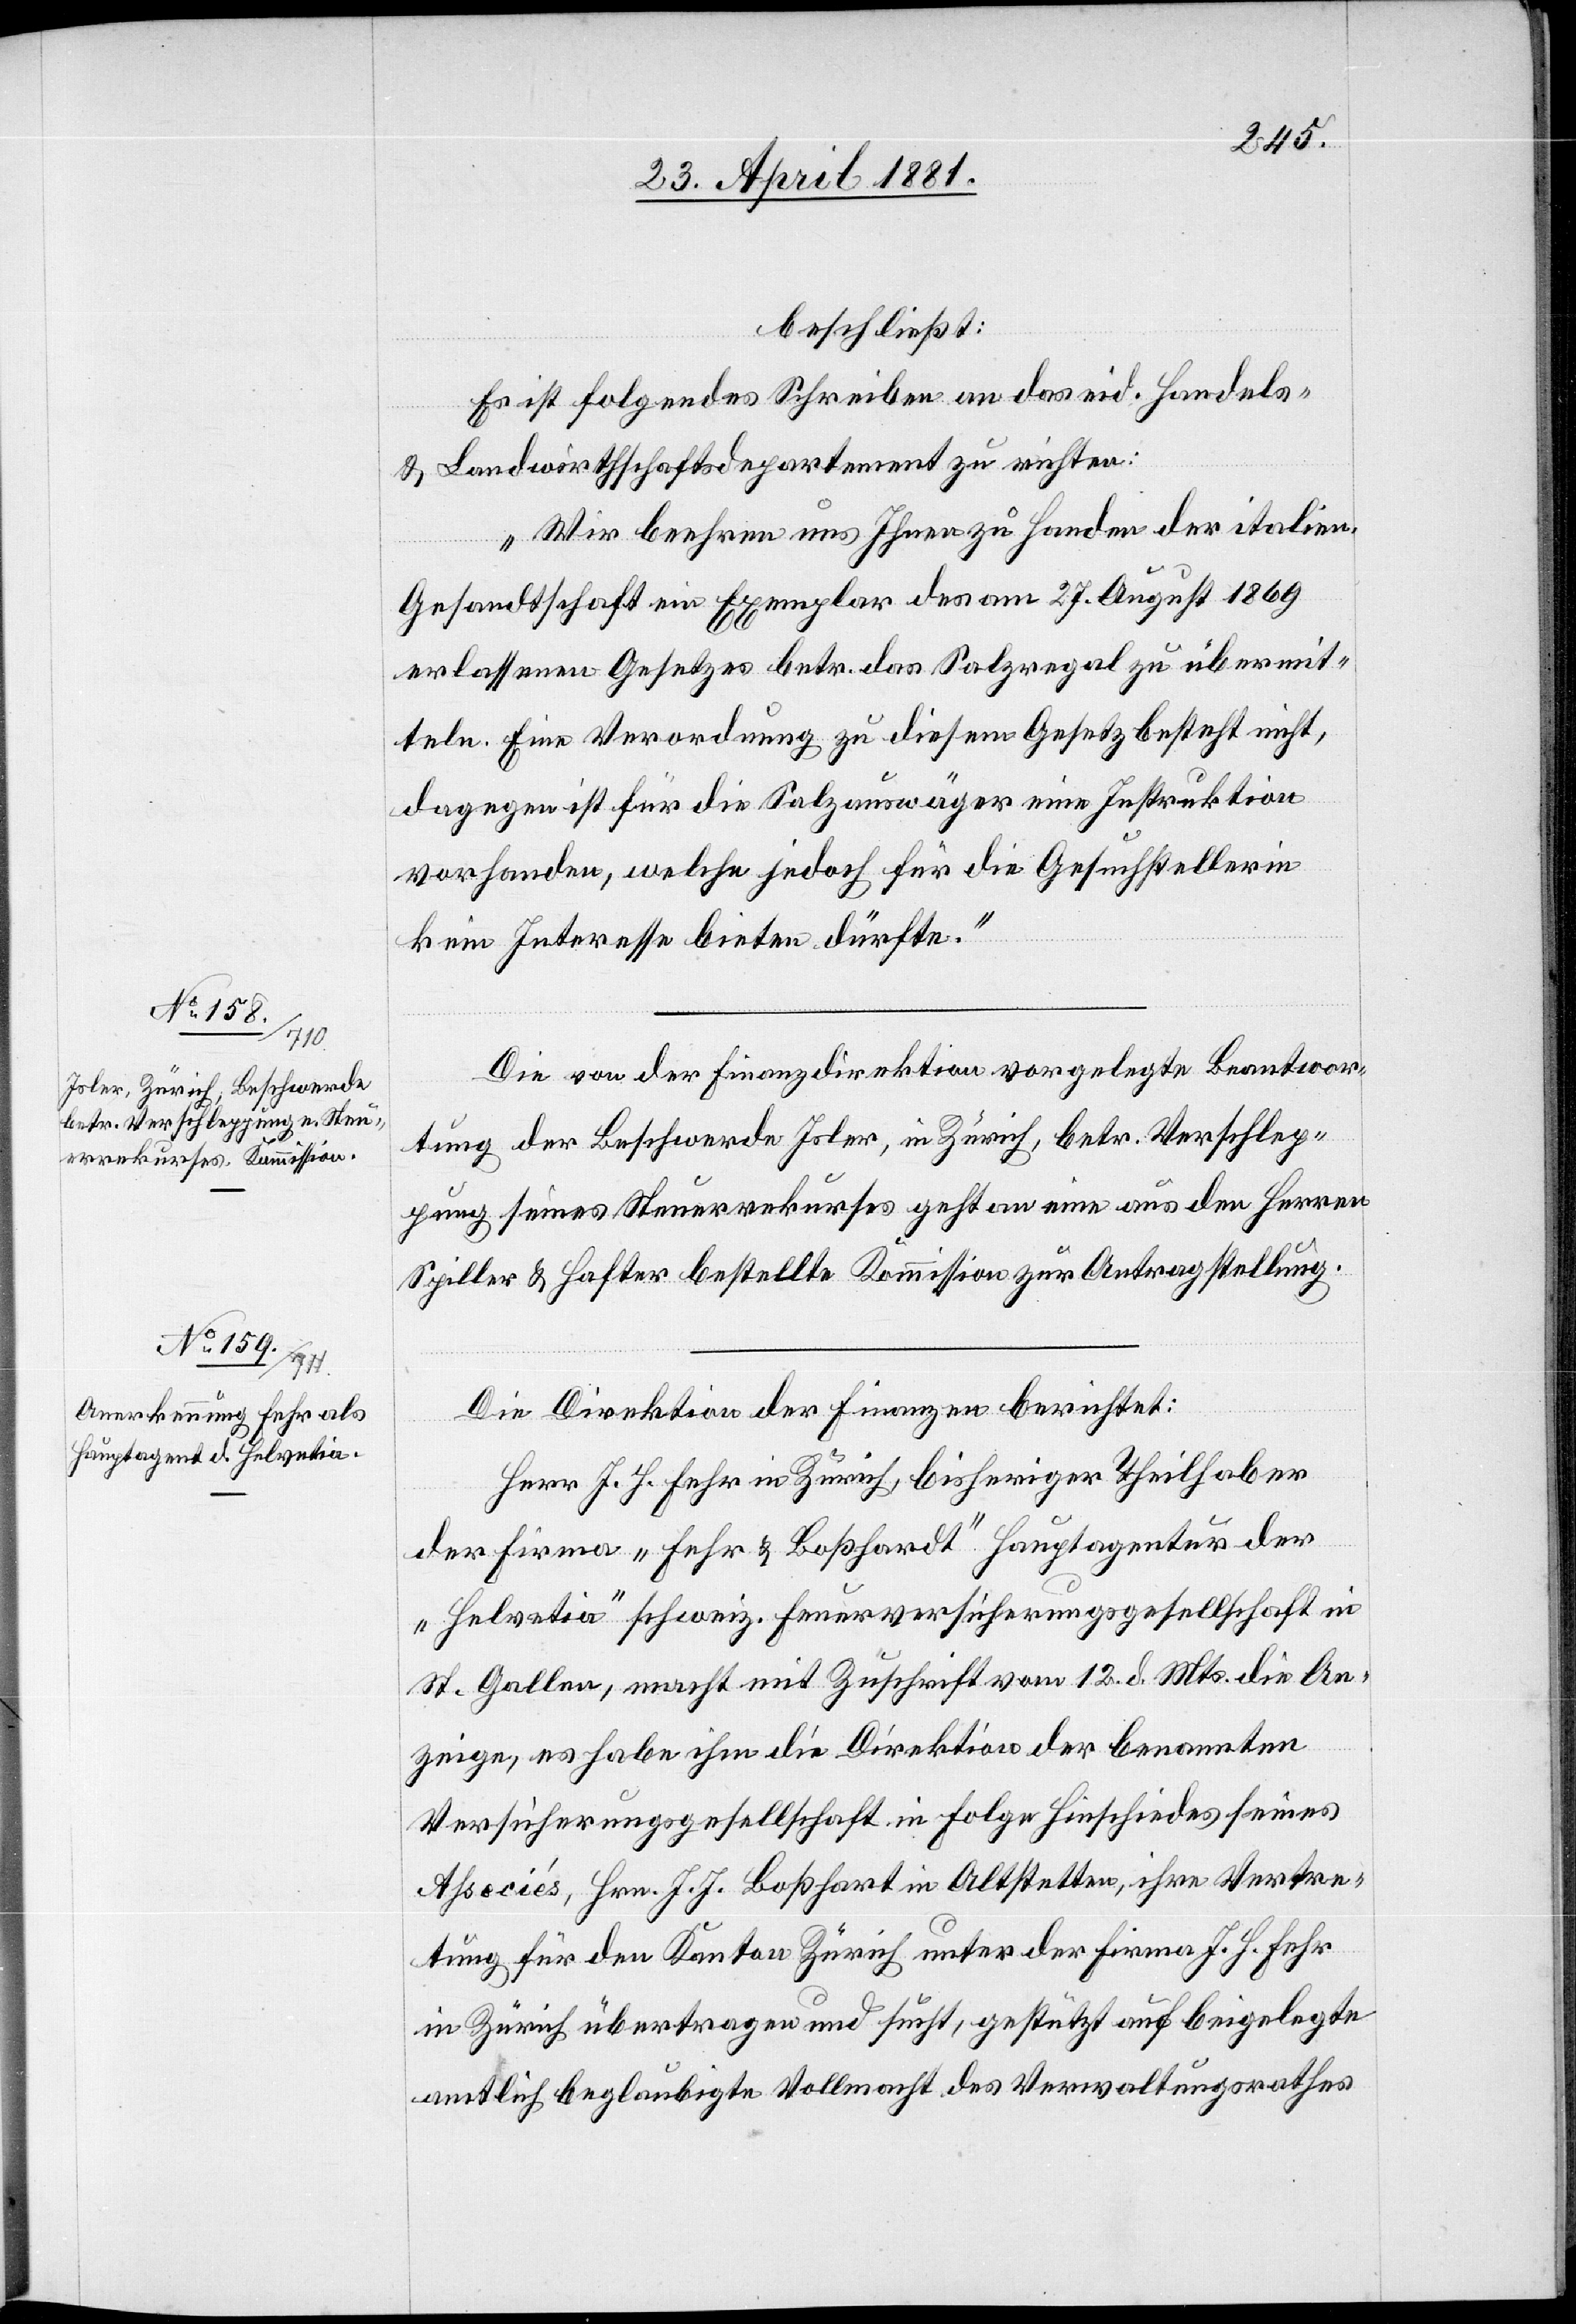
beschießt:
Es ist folgendes Schreiben an das eid. Handels-
& Landwirthschaftsdepartement zu richten:
„Wir beehren uns Ihnen zu Handen der italien.
Gesandtschaft ein Exemplar des am 27. August 1869
erlassenen Gesetzes betr. das Salzregal zu übermit¬
teln. Eine Verordnung zu diesem Gesetz besteht nicht,
dagegen ist für die Salzauswäger eine Instruktion
vorhanden, welche jedoch für die Gesuchstellerin
kein Interesse bieten dürfte.“
Die von der Finanzdirektion vorgelegte Beantwor¬
tung der Beschwerde Isler, in Zürich, betr. Verschlep¬
pung seines Steuerrekurses geht an eine aus den Herren
Spiller & Hafter bestellte Kommission zur Antragstellung.
Die Direktion der Finanzen berichtet:
Herr J. H. Fehr in Zürich, bisheriger Theilhaber
der Firma „Fehr & Boßhardt“ Hauptagentur der
„Helvetia“ schweiz. Feuerversicherungsgesellschaft in
St. Gallen, macht mit Zuschrift vom 12. d. Mts. die An¬
zeige, es habe ihm die Direktion der benannten
Versicherungsgesellschaft in Folge Hinschiedes seines
Aßeciés, Hrn. J. J. Boßhart in Altstetten, ihre Vertre¬
tung für den Kanton Zürich unter der Firma J. H. Fehr
in Zürich übertragen und sucht, gestützt auf beigelegte
amtlich beglaubigte Vollmacht des Verwaltungsrathes